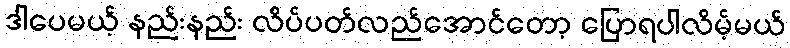
ဒါပေမယ့် နည်းနည်း လိပ်ပတ်လည်အောင်တော့ ပြောရပါလိမ့်မယ်